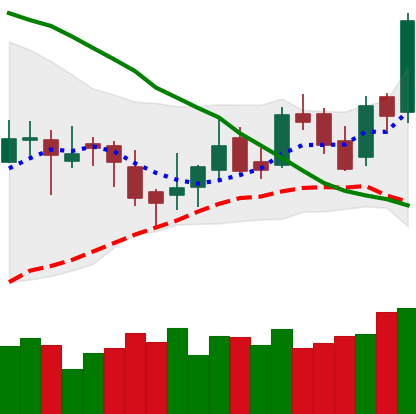
Ticker: LTC-USD
Chart end date: 2016-04-21
Forward return: 20.9%
Label: up_7plus